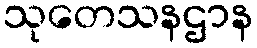
သုတေသနဌာန